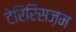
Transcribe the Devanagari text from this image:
टेरिरिसज़म